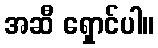
အဆီ ရှောင်ပါ။